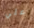
علي